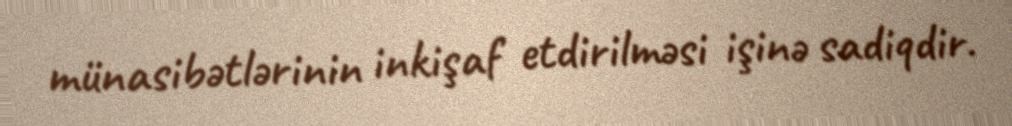
münasibətlərinin inkişaf etdirilməsi işinə sadiqdir.